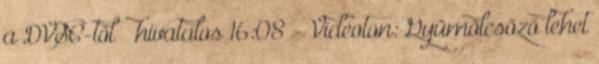
a DVSC-től – hivatalos 16:08 - Videoton: Gyümölcsöző lehet